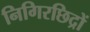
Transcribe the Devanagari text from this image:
निगिरछिद्रों